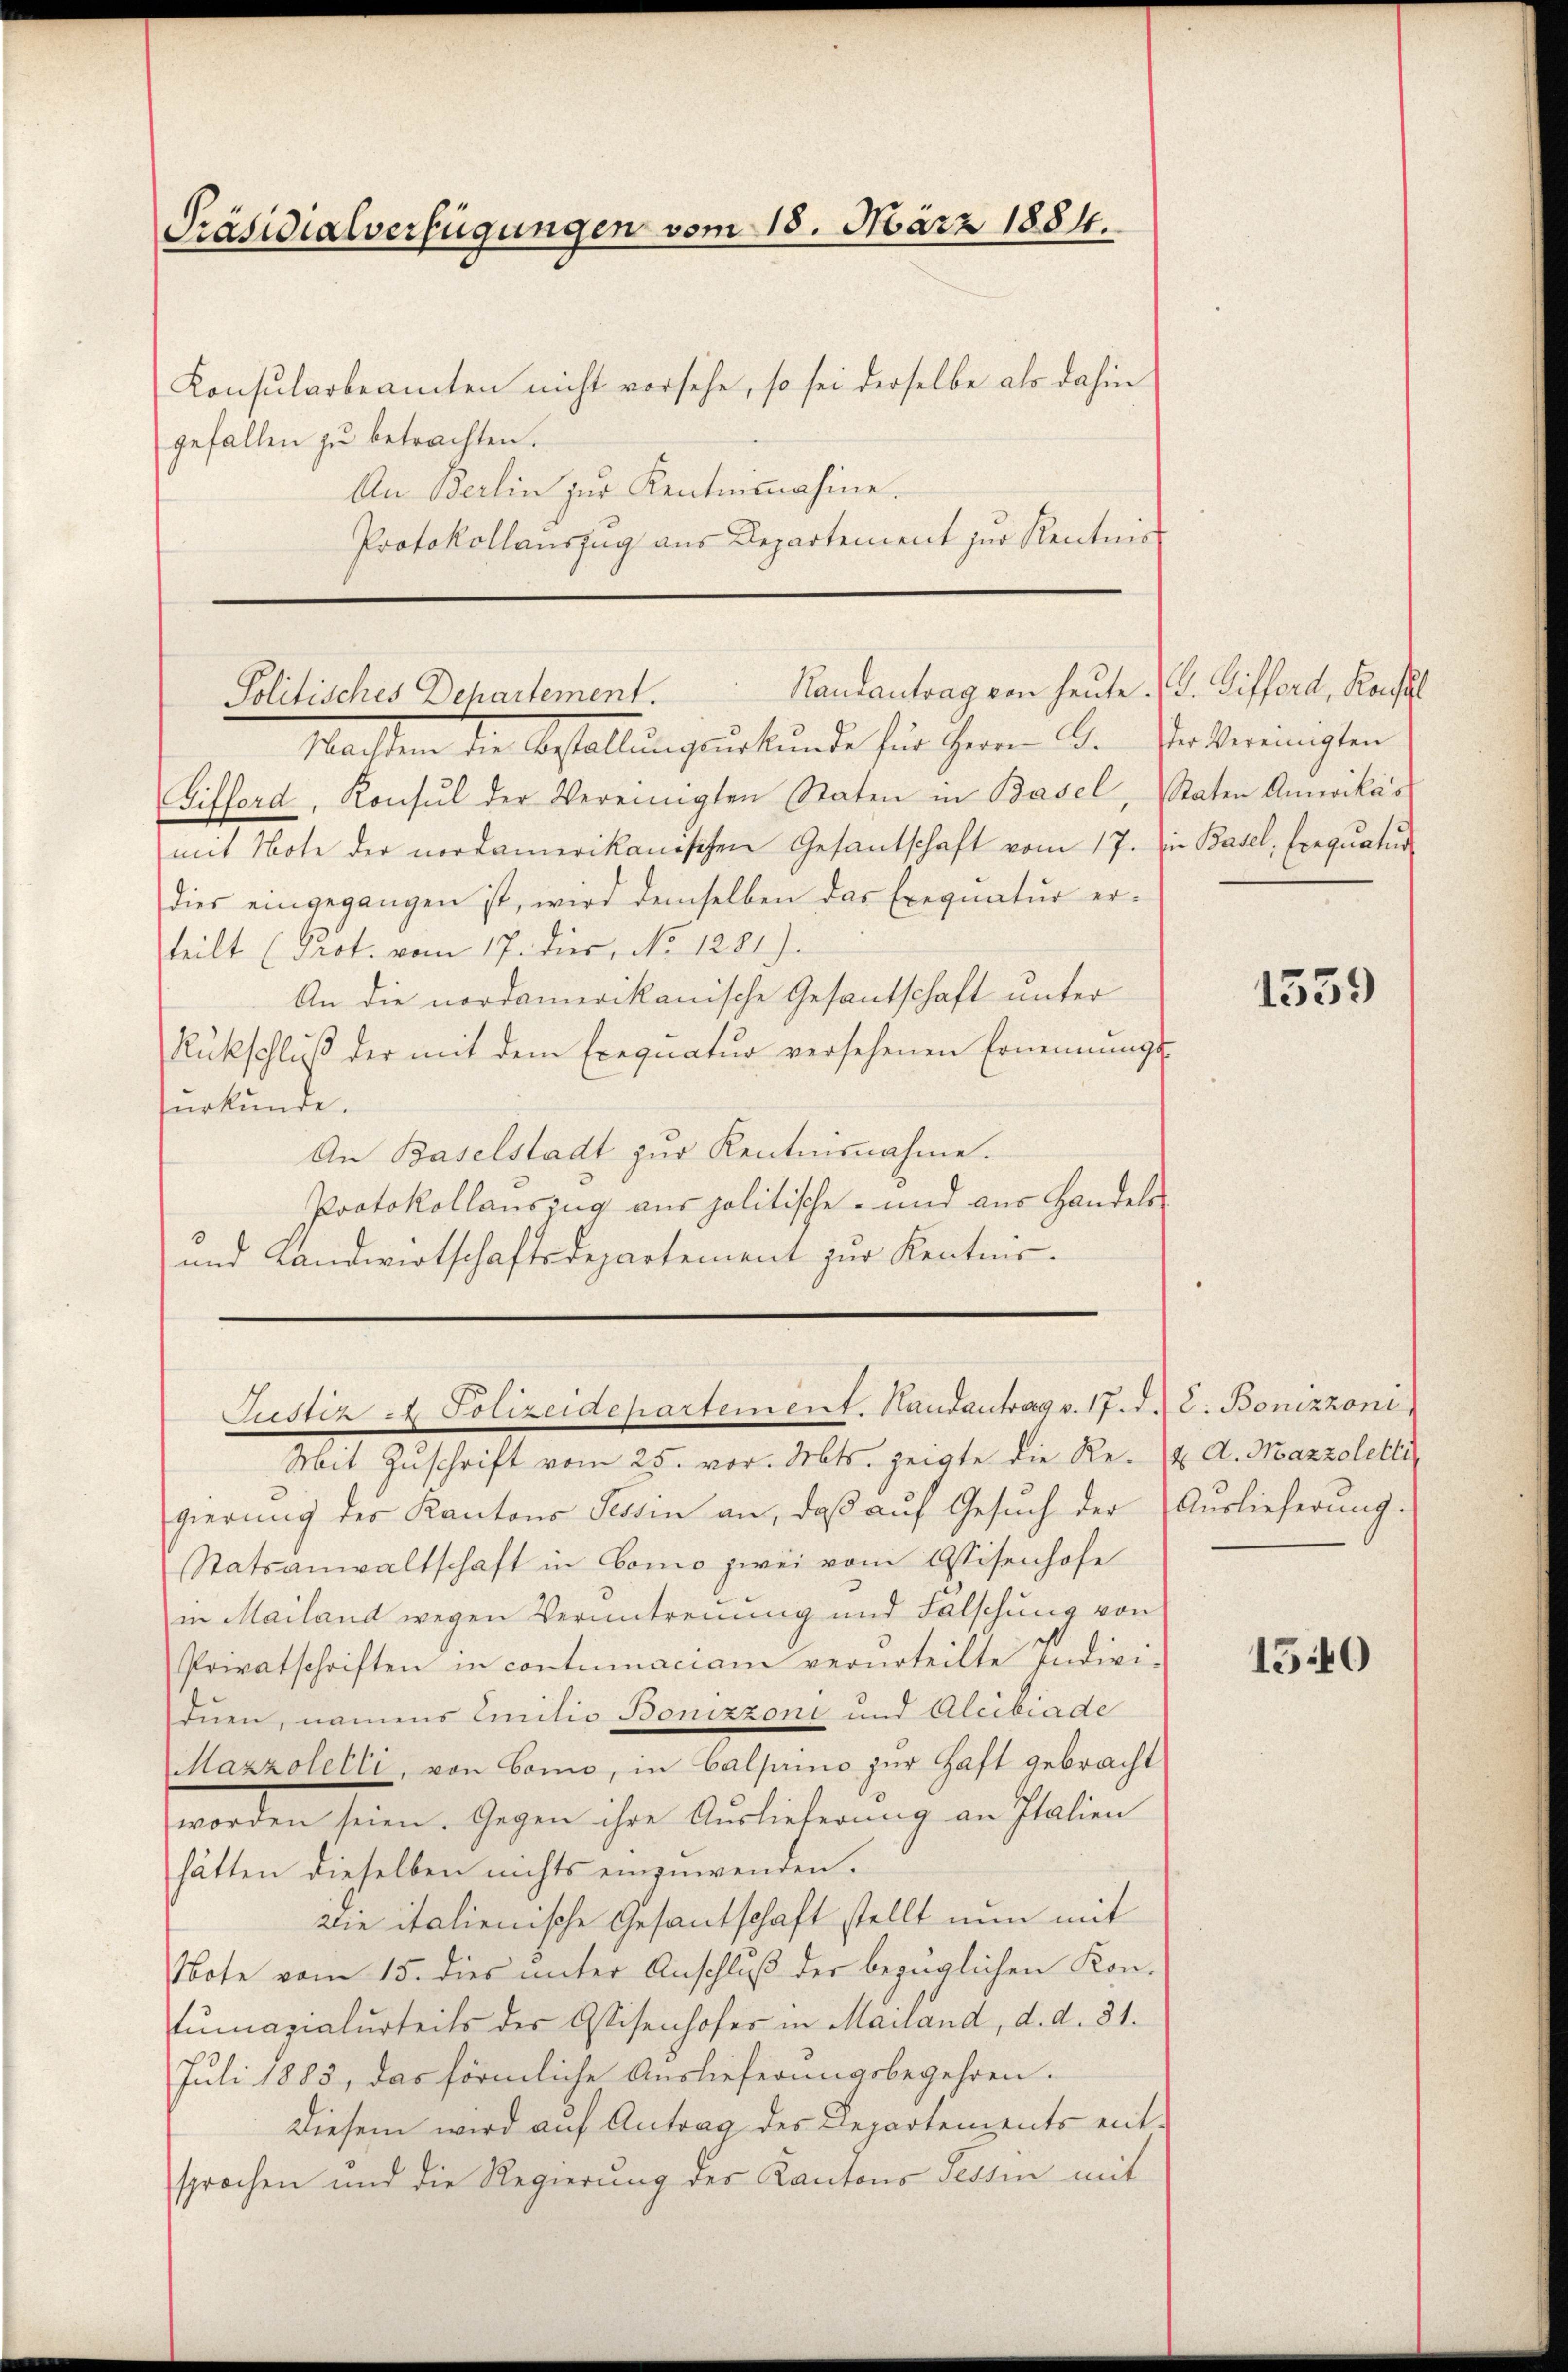
Präsidialverfügungen vom 18. März 1884.

Konsularbeamten nicht vorsehe, so sei derselbe als dahin
gefallen zu betrachten.
An Berlin zur Kenntnisnahine.
Protokollauszug aus Departement zur Kentnis

Randantrag von heute. (v. Tifford, Konfl
Politisches Dehartement.

Nachten die Abstallungsurkunde für Herrn B. Verkereinigten
Gifford, Konsul der Vereinigten Staten in Basel, Staten Annoikas
mit Note der nordamerikanischen Gesantschaft vom 17. Die Basel, Ereqŭatŭr
dies eingegangen ist, wird demselben das Exequatur erteilt (Prot. vom 17. dies, No 1281).
An die nordamerikanische Gesantschaft unter
Rückschluß der mit dem Exequatur versehenen Ernennungs-
urkunde.
An Baselstadt zur Kentnisnahme.
Protokollauszug aus politische- und aus Handels¬
und Landwirtschaftsdepartement zur Kenntnis¬

Justiz - Polizeidepartement. Handantrag v. 17. d. J. Bonizzoni

Mit Zŭschrift vom 25. vor. Mts. zeigte die Re- u. d. Mazzoletti
gierŭng der Kantons Tessin an, daβ aŭf Gesŭch der Auslieferŭng.
Statsanwaltschaft in Como zwei vom Eisenhofe
in Mailand wegen Verantreuung und Fälschung von
Privatschriften in contumaciam verurteilte Indivi-
duen, namens Einitio Bonizzoni und Alcibiade
Mazzolelli, von Bonio, in Calprino zur Haft gebracht
worden sein. Gegen ihre Auslieferung an Platen
hätten dieselben nichts einzuwenden.
wie italienische Gesantschaft stellt nun mit
Note vom 15. dies unter Anschluß der bezüglichen Kon-
tumazialurteils der Assisenhofes in Mailand, d. d. 31.
Juli 1883, das förmliche Auslieferungsbegehren.
Diesem wird auf Antrag des Departements entsprochen und die Regierung des Kantons Tessin mit

1539

1540